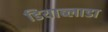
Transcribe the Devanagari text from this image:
डियाब्लाडा